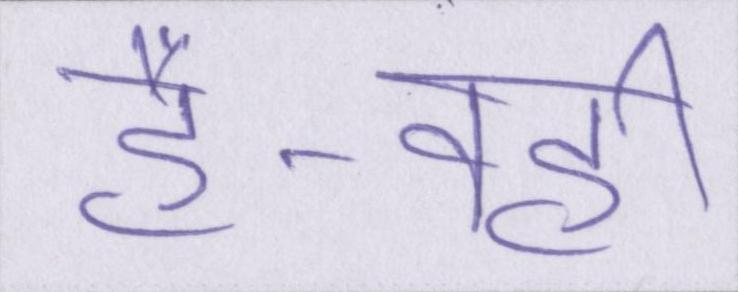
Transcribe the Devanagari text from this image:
है-वहीं